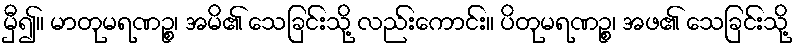
မှီ၍။ မာတုမရဏဉ္စ၊ အမိ၏ သေခြင်းသို့ လည်းကောင်း။ ပိတုမရဏဉ္စ၊ အဖ၏ သေခြင်းသို့